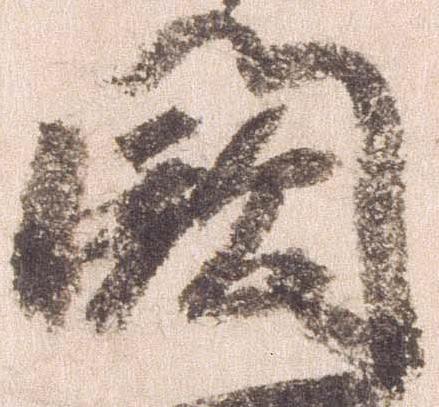
闕